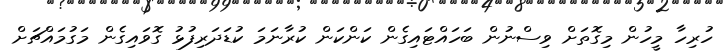
ހުރިހާ މީހުން މިގޮތަށް ވިސްނުން ބަހައްޓައިގެން ކަންކަން ކުރާނަމަ ކުޑަދަރިފުޅު ގޮވައިގެން މަގުމައްޗަށް